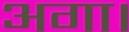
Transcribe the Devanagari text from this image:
अगा।